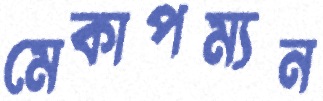
মেকাপম্যন